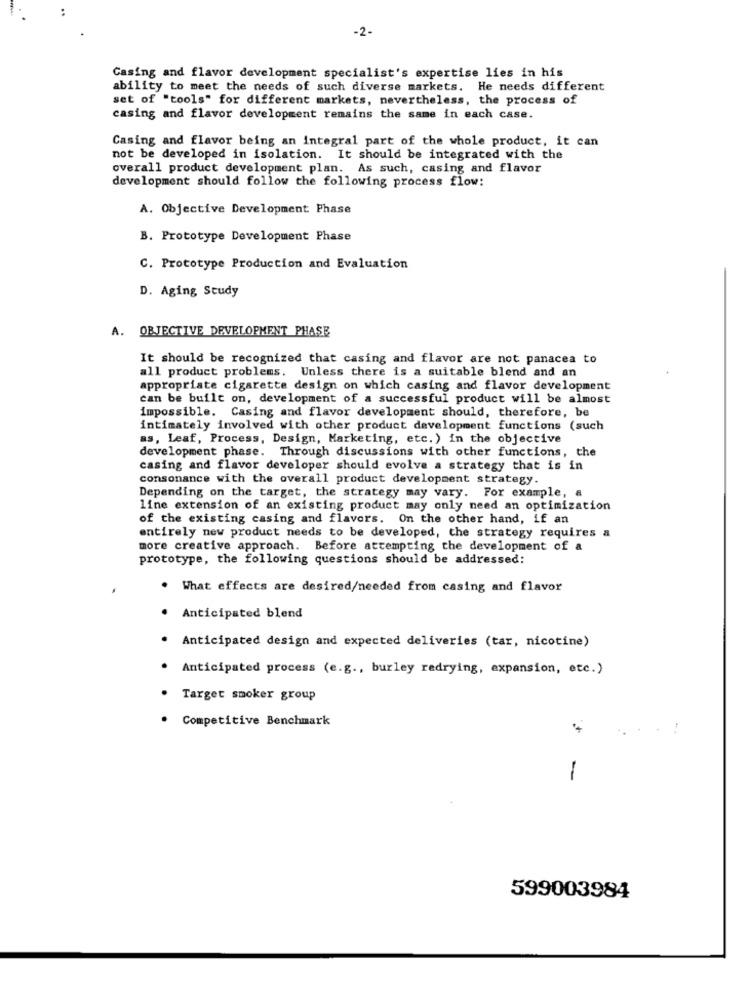
-2-
Casing and flavor development specialist's expertise lies in his
ability to meet the needs of such diverse markets. He needs different
set of "tools" for different markets, nevertheless, the process of
casing and flavor development remains the same in each case.
Casing and flavor being an integral part of the whole product, it can
not be developed in isolation. It should be integrated with the
overall product development plan. As such, casing and flavor
development should follow the following process flow:
A. Objective Development Phase
B. Prototype Development Phase
C. Prototype Production and Evaluation
D. Aging Study
A. OBJECTIVE DEVELOPMENT PHASE
It should be recognized that casing and flavor are not panacea to
all product problems. Unless there is a suitable blend and an
appropriate cigarette design on which casing and flavor development
can be built on, development of a successful product will be almost
impossible. Casing and flavor development should, therefore, be
intimately involved with other product development functions (such
as, Leaf, Process, Design, Marketing, etc. ) in the objective
development phase. Through discussions with other functions, the
casing and flavor developer should evolve a strategy that is in
consonance with the overall product development strategy.
Depending on the target, the strategy may vary. For example, a
line extension of an existing product may only need an optimization
of the existing casing and flavors. On the other hand, if an
entirely new product needs to be developed, the strategy requires a
more creative approach. Before attempting the development of a
prototype, the following questions should be addressed:
What effects are desired/needed from casing and flavor
Anticipated blend
· Anticipated design and expected deliveries (tar, nicotine)
· Anticipated process (e.g ., burley redrying, expansion, etc.)
Target smoker group
Competitive Benchmark
-
599003984